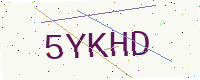
Text: 5YKHD